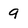
Character: 9